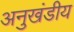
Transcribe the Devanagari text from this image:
अनुखंडीय